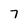
Character: 7